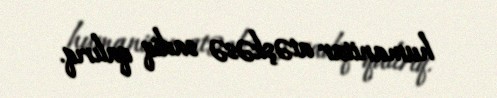
humanitar atəşkəsə sadiq qalırıq.